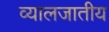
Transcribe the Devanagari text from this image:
व्यालजातीय